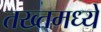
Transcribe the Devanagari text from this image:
तख्तमध्ये